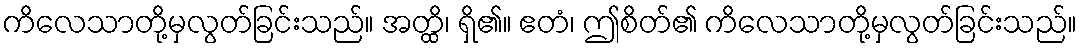
ကိလေသာတို့မှလွတ်ခြင်းသည်။ အတ္ထိ၊ ရှိ၏။ ဧတံ၊ ဤစိတ်၏ ကိလေသာတို့မှလွတ်ခြင်းသည်။